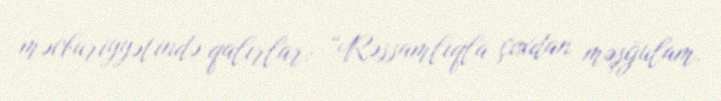
məcburiyyətində qalırlar: “Rəssamlıqla çoxdan məşğulam.